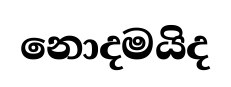
නොදමයිද